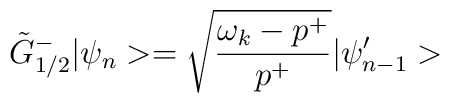
\tilde{G}^-_{1/2} |\psi_n> = \sqrt{\frac{\omega_k-p^+}{p^+}} |\psi'_{n-1}>